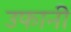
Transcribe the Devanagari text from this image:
उफानी